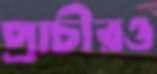
প্রাচীরও